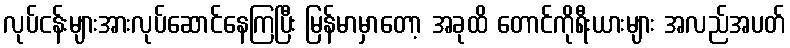
လုပ်ငန်းများအားလုပ်ဆောင်နေကြပြီး မြန်မာမှာတော့ အခုထိ တောင်ကိုရီးယားများ အလည်အပတ်